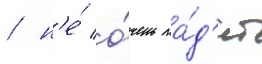
/ н'е́ о́чень ла́д'ит